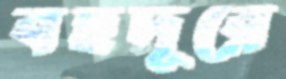
বহুদূরে